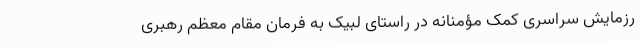
رزمایش سراسری کمک مؤمنانه در راستای لبیک به فرمان مقام معظم رهبری